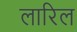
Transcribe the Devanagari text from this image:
लारिल